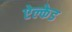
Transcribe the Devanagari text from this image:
ऐल्केड